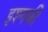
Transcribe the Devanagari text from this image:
इश्गकी